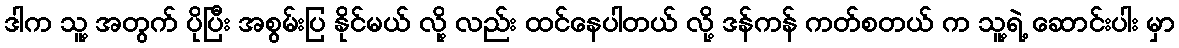
ဒါက သူ့ အတွက် ပိုပြီး အစွမ်းပြ နိုင်မယ် လို့ လည်း ထင်နေပါတယ် လို့ ဒန်ကန် ကတ်စတယ် က သူ့ရဲ့ ဆောင်းပါး မှာ